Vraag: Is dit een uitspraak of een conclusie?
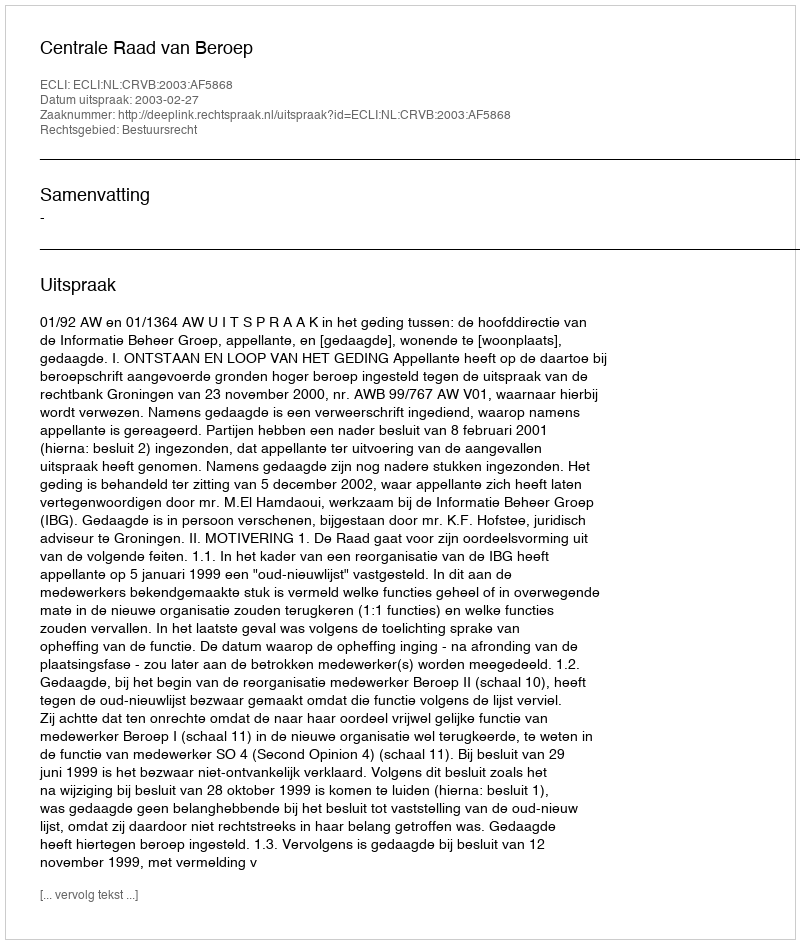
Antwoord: Uitspraak